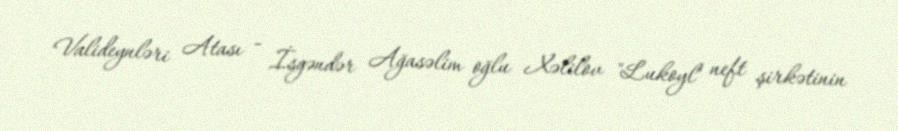
Valideynləri Atası - İsgəndər Ağasəlim oğlu Xəlilov "Lukoyl" neft şirkətinin